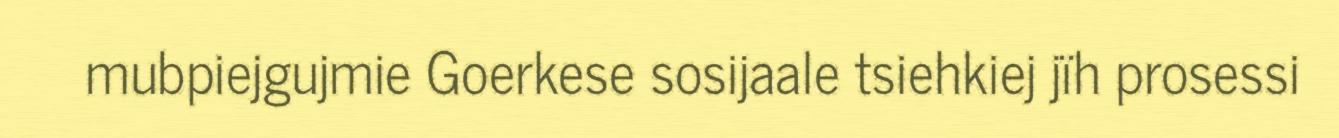
mubpiejgujmie Goerkese sosijaale tsiehkiej jïh prosessi